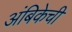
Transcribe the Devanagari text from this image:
अंबिकेची